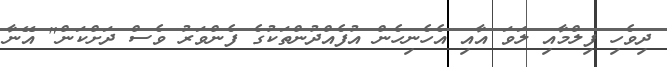
ދިވެހި ފިލްމާއި ލަވަ އާއި އެހެނިހެން އުފެއްދުންތަކުގެ ފެންވަރު ވެސް ދަށްކަން" އޭނާ